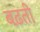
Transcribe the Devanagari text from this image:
बढ़ती़